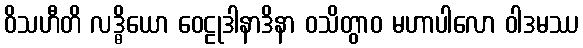
ဝိသဟီတိ လဒ္ဓိယော ဝေဠုဒါနာဒိနာ ဝသိတွာဝ မဟာပါလော ဝါဒမဿ